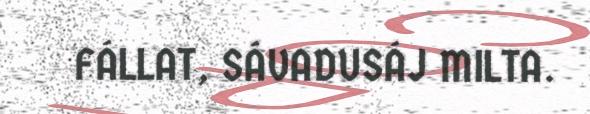
FÁLLAT, SÁVADUSÁJ MILTA.